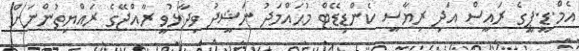
އެމް.ޑީ.ޕީގެ ރައީސް އަދި ރިޔާސީ ކެންޑިޑޭޓް މުޙައްމަދު ނަޝީދު ވިދާޅުވީ ރާއްޖޭގެ ރައްޔިތުންނަށް